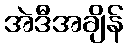
အဲဒီအချိန်